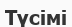
Түсімі